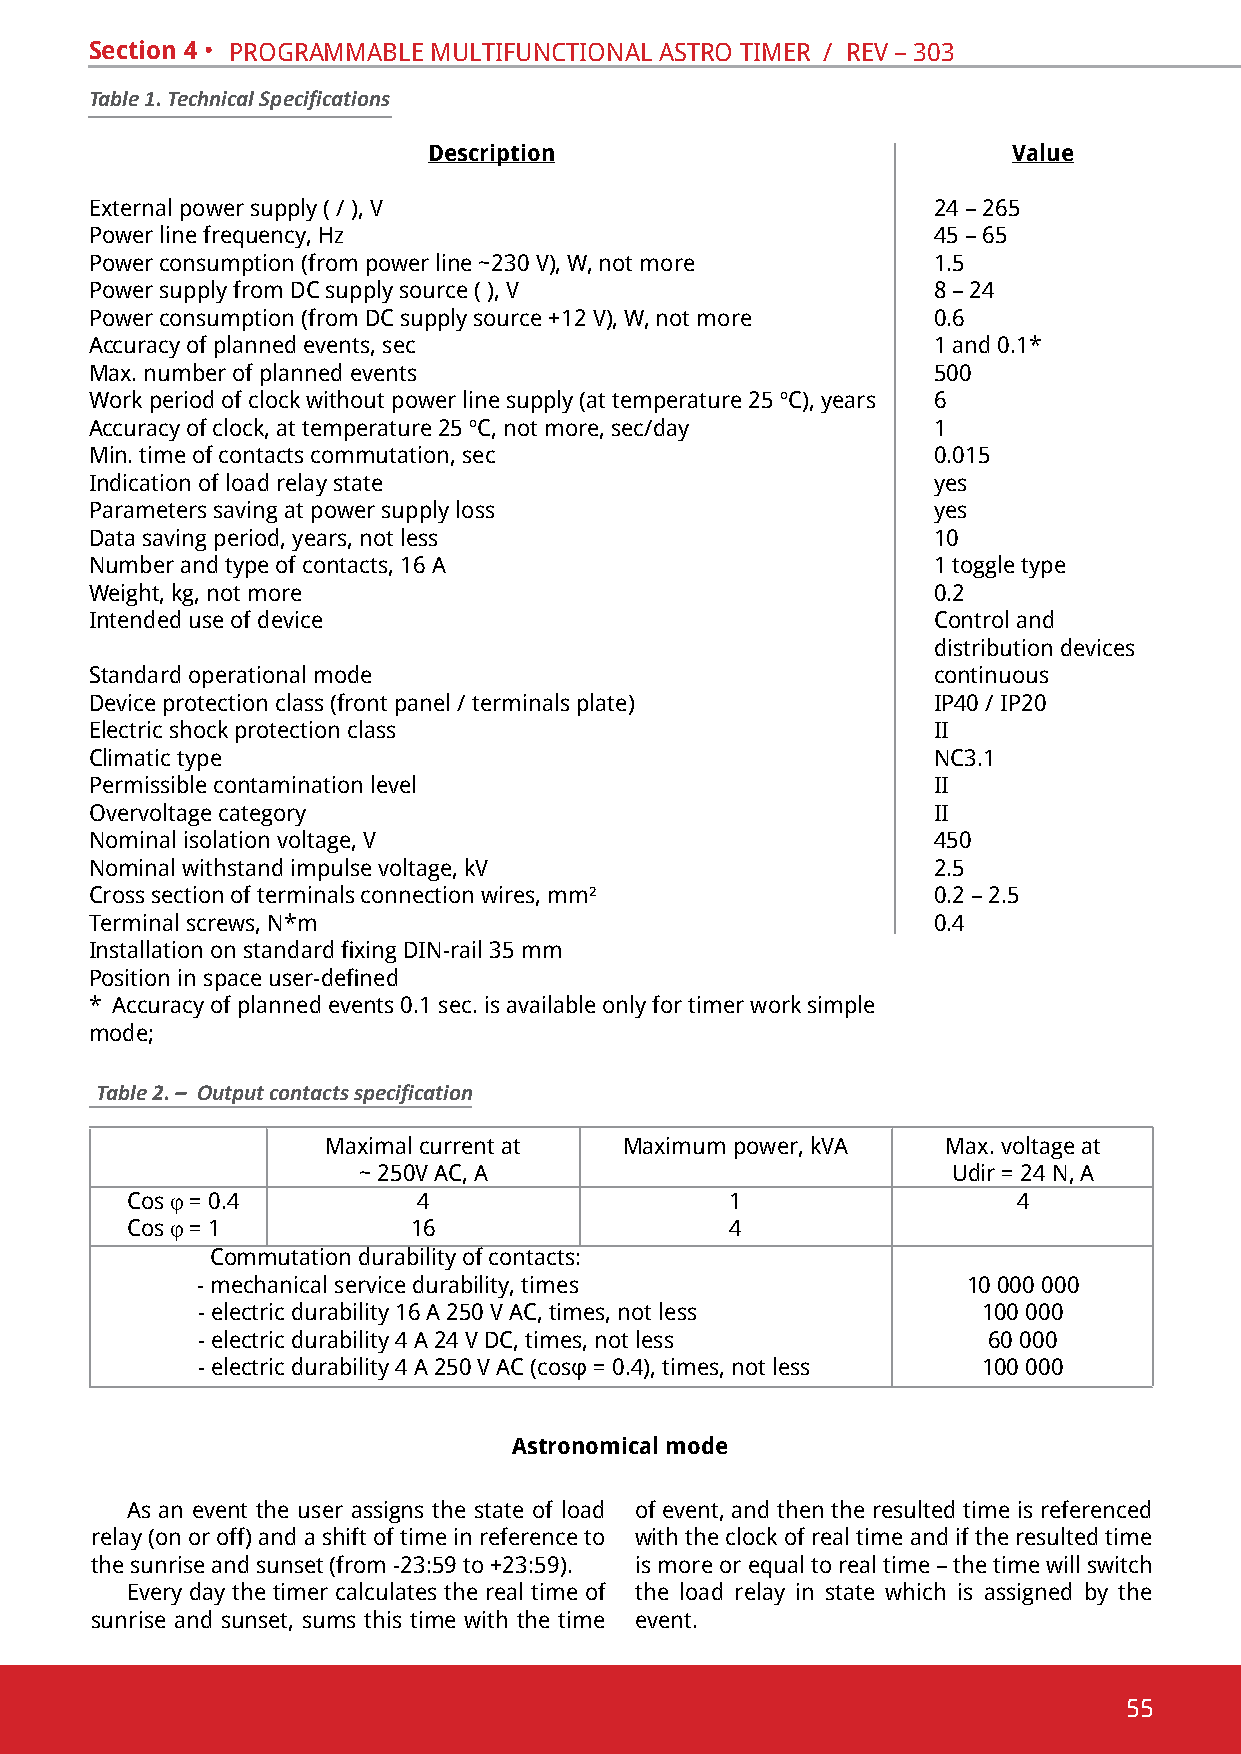
Section 4 • pRoGRammable multifunctional astRo timeR / Rev – 303
 Table 1. Technical Specifications
 Description                            Value
 External power supply ( / ), V                          24 – 265
 power line frequency, hz                                45 – 65
 power consumption (from power line ~230 v), W, not more 1.5
 power supply from dc supply source ( ), v               8 – 24
 power consumption (from dc supply source +12 v), W, not more 0.6
 accuracy of planned events, sec                         1 and 0.1*
 Max. number of planned events                           500
 Work period of clock without power line supply (at temperature 25 ºС), years 6
 Accuracy of clock, at temperature 25 ºС, not more, sec/day 1
 min. time of contacts commutation, sec                  0.015
 indication of load relay state                          yes
 parameters saving at power supply loss                  yes
 data saving period, years, not less                     10
 number and type of contacts, 16 a                       1 toggle type
 Weight, kg, not more                                    0.2
 intended use of device                                  control and
 distribution devices
 standard operational mode                               continuous
 device protection class (front panel / terminals plate) ІР40 / IP20
 electric shock protection class                         ii
 climatic type                                           nc3.1
 permissible contamination level                         ii
 overvoltage category                                    ii
 nominal isolation voltage, v                            450
 nominal withstand impulse voltage, kv                   2.5
 cross section of terminals connection wires, mm²        0.2 – 2.5
 Terminal screws, N*m                                    0.4
 Installation on standard fixing DIN-rail 35 mm
 Position in space user-defined
 * Accuracy of planned events 0.1 sec. is available only for timer work simple
 mode;
 Table 2. – Output contacts specification
 Maximal current at Maximum power, kVA    Max. voltage at
 ~ 250v ac, a                           udir = 24 n, a
 cos j = 0.4         4                   1                  4
 cos j = 1          16                   4
 commutation durability of contacts:
 - mechanical service durability, times             10 000 000
 - electric durability 16 А 250 V АС, times, not less 100 000
 - electric durability 4 А 24 V DC, times, not less  60 000
 - electric durability 4 А 250 V АС (cosφ = 0.4), times, not less 100 000
 Astronomical mode
 as an event the user assigns the state of load of event, and then the resulted time is referenced
 relay (on or off) and a shift of time in reference to with the clock of real time and if the resulted time
 the sunrise and sunset (from -23:59 to +23:59). is more or equal to real time – the time will switch
 every day the timer calculates the real time of the load relay in state which is assigned by the
 sunrise and sunset, sums this time with the time event.
 55